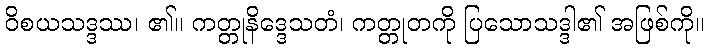
ဝိစယသဒ္ဒဿ၊ ၏။ ကတ္တုနိဒ္ဒေသတံ၊ ကတ္တုတကို ပြသောသဒ္ဒါ၏ အဖြစ်ကို။